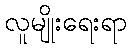
လူမျိုးရေးရာ